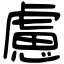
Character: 慮